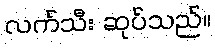
လက်သီး ဆုပ်သည်။